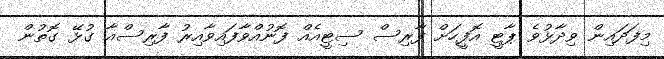
މިފަދައިން ވިދާޅުވެ ޕާޓީ އޮފީހަށް ފާރިސް ސިޓީއެއް ފޮނުއްވާފައިވާއިރު ފާރިސްއާ ގުޅޭ ގޮތުން